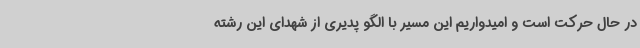
در حال حرکت است و امیدواریم این مسیر با الگو پدیری از شهدای این رشته